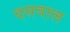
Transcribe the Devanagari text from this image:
दसवाल